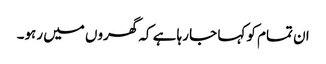
ان تمام کو کہا جا رہا ہے کہ گھروں میں رہو۔